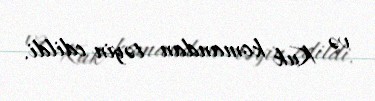
və Kuk komandan təyin edildi.